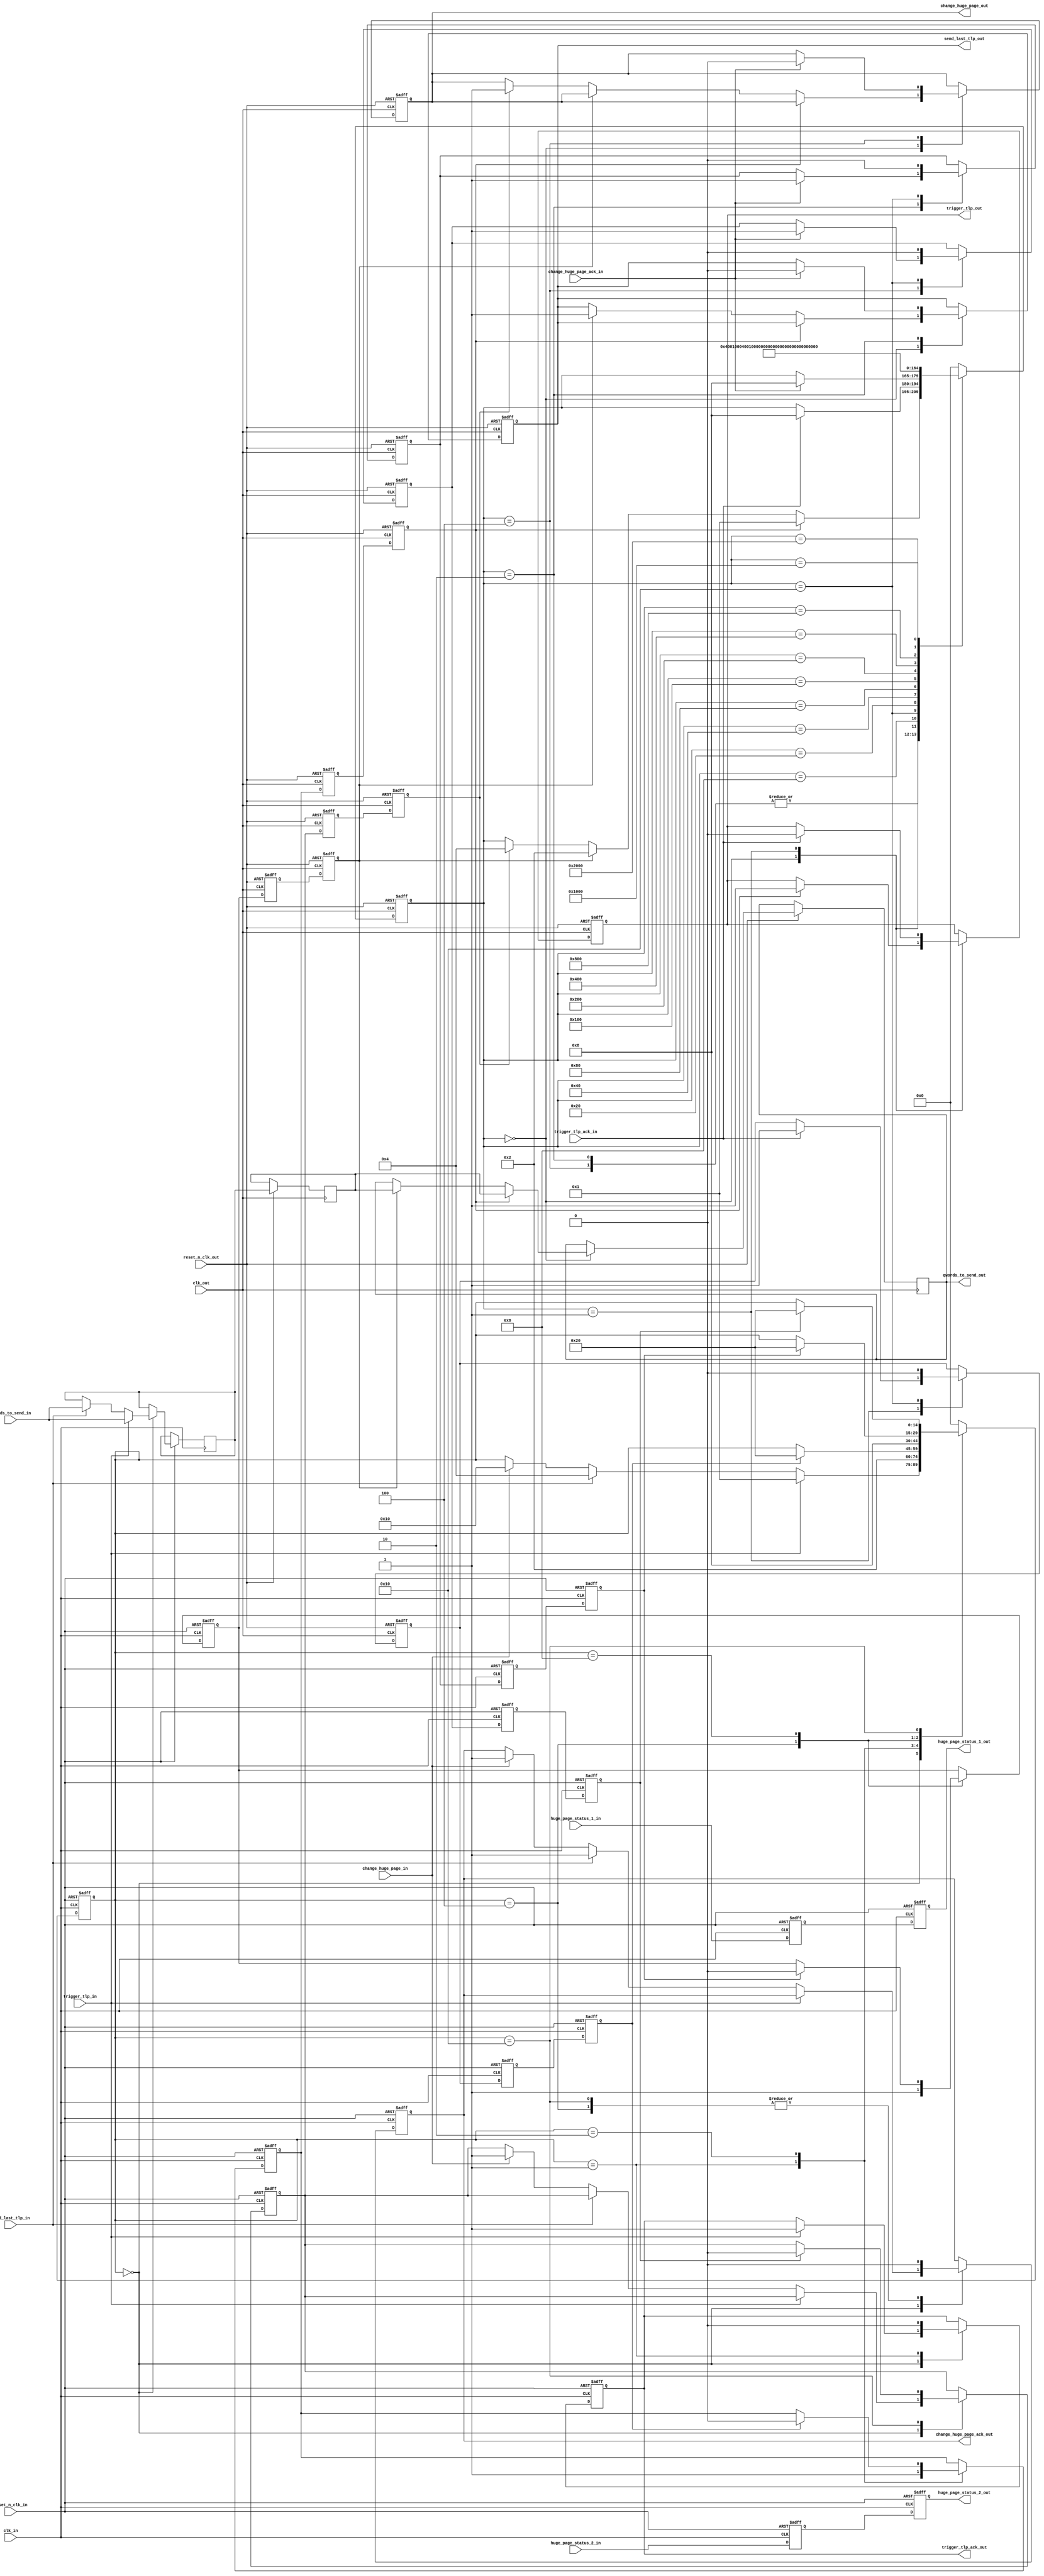
module rx_trigger_synch (

    input    clk_out,
    input    reset_n_clk_out,

    input    clk_in,
    input    reset_n_clk_in,

    input                     trigger_tlp_in,
    output reg                trigger_tlp_out,

    input                     trigger_tlp_ack_in,
    output reg                trigger_tlp_ack_out,

    input                     change_huge_page_in,
    output reg                change_huge_page_out,

    input                     change_huge_page_ack_in,
    output reg                change_huge_page_ack_out,

    input                     send_last_tlp_in,
    output reg                send_last_tlp_out,

    input         [4:0]       qwords_to_send_in,
    output reg    [4:0]       qwords_to_send_out,

    input                     huge_page_status_1_in,
    output reg                huge_page_status_1_out,

    input                     huge_page_status_2_in,
    output reg                huge_page_status_2_out
    );

    // localparam
    localparam s0  = 15'b000000000000000;
    localparam s1  = 15'b000000000000001;
    localparam s2  = 15'b000000000000010;
    localparam s3  = 15'b000000000000100;
    localparam s4  = 15'b000000000001000;
    localparam s5  = 15'b000000000010000;
    localparam s6  = 15'b000000000100000;
    localparam s7  = 15'b000000001000000;
    localparam s8  = 15'b000000010000000;
    localparam s9  = 15'b000000100000000;
    localparam s10 = 15'b000001000000000;
    localparam s11 = 15'b000010000000000;
    localparam s12 = 15'b000100000000000;
    localparam s13 = 15'b001000000000000;
    localparam s14 = 15'b010000000000000;
    localparam s15 = 15'b100000000000000;

    //-------------------------------------------------------
    // Local clk_in - trigger_tlp & send_last_tlp & qwords_to_send
    //-------------------------------------------------------
    reg     [14:0]   fsm_clk_in;
    reg              trigger_tlp_internal;
    reg              send_last_tlp_internal;
    reg              change_huge_page_internal;
    reg              trigger_tlp_internal_ack_reg0;
    reg              trigger_tlp_internal_ack_reg1;
    reg              send_last_tlp_internal_ack_reg0;
    reg              send_last_tlp_internal_ack_reg1;
    reg              change_huge_page_internal_ack_reg0;
    reg              change_huge_page_internal_ack_reg1;
    reg     [4:0]    qwords_to_send_internal;
    reg              huge_page_status_1_reg0;
    reg              huge_page_status_2_reg0;

    //-------------------------------------------------------
    // Local clk_out - trigger_tlp & send_last_tlp & qwords_to_send
    //-------------------------------------------------------
    reg     [14:0]   fsm_clk_out;
    reg              trigger_tlp_internal_reg0;
    reg              trigger_tlp_internal_reg1;
    reg              trigger_tlp_internal_ack;
    reg              send_last_tlp_internal_reg0;
    reg              send_last_tlp_internal_reg1;
    reg              send_last_tlp_internal_ack;
    reg              change_huge_page_internal_reg0;
    reg              change_huge_page_internal_reg1;
    reg              change_huge_page_internal_ack;
    reg     [4:0]    qwords_to_send_internal_reg0;

    ////////////////////////////////////////////////
    // clk_in - trigger_tlp & send_last_tlp & qwords_to_send
    ////////////////////////////////////////////////
    always @( posedge clk_in or negedge reset_n_clk_in ) begin

        if (!reset_n_clk_in ) begin  // reset
            trigger_tlp_ack_out <= 1'b0;
            change_huge_page_ack_out <= 1'b0;

            trigger_tlp_internal <= 1'b0;
            send_last_tlp_internal <= 1'b0;
            change_huge_page_internal <= 1'b0;

            trigger_tlp_internal_ack_reg0 <= 1'b0;
            trigger_tlp_internal_ack_reg1 <= 1'b0;
            send_last_tlp_internal_ack_reg0 <= 1'b0;
            send_last_tlp_internal_ack_reg1 <= 1'b0;
            change_huge_page_internal_ack_reg0 <= 1'b0;
            change_huge_page_internal_ack_reg1 <= 1'b0;

            huge_page_status_1_reg0 <= 1'b0;
            huge_page_status_1_out <= 1'b0;
            huge_page_status_2_reg0 <= 1'b0;
            huge_page_status_2_out <= 1'b0;

            fsm_clk_in <= s0;
        end
        
        else begin  // not reset

            huge_page_status_1_reg0 <= huge_page_status_1_in;
            huge_page_status_1_out <= huge_page_status_1_reg0;
            huge_page_status_2_reg0 <= huge_page_status_2_in;
            huge_page_status_2_out <= huge_page_status_2_reg0;

            trigger_tlp_internal_ack_reg0 <= trigger_tlp_internal_ack;
            trigger_tlp_internal_ack_reg1 <= trigger_tlp_internal_ack_reg0;

            send_last_tlp_internal_ack_reg0 <= send_last_tlp_internal_ack;
            send_last_tlp_internal_ack_reg1 <= send_last_tlp_internal_ack_reg0;

            change_huge_page_internal_ack_reg0 <= change_huge_page_internal_ack;
            change_huge_page_internal_ack_reg1 <= change_huge_page_internal_ack_reg0;

            case (fsm_clk_in)

                s0 : begin
                    if (trigger_tlp_in) begin
                        trigger_tlp_ack_out <= 1'b1;
                        qwords_to_send_internal <= qwords_to_send_in;
                        fsm_clk_in <= s1;
                    end
                    else if (send_last_tlp_in) begin
                        change_huge_page_ack_out <= 1'b1;
                        qwords_to_send_internal <= qwords_to_send_in;
                        fsm_clk_in <= s3;
                    end
                    else if (change_huge_page_in) begin
                        change_huge_page_ack_out <= 1'b1;
                        change_huge_page_internal <= 1'b1;
                        fsm_clk_in <= s5;
                    end
                end

                s1 : begin
                    trigger_tlp_ack_out <= 1'b0;
                    trigger_tlp_internal <= 1'b1;
                    fsm_clk_in <= s2;
                end

                s2 : begin
                    if (trigger_tlp_internal_ack_reg1) begin
                        trigger_tlp_internal <= 1'b0;
                        fsm_clk_in <= s6;
                    end
                end

                s3 : begin
                    change_huge_page_ack_out <= 1'b0;
                    send_last_tlp_internal <= 1'b1;
                    fsm_clk_in <= s4;
                end

                s4 : begin
                    if (send_last_tlp_internal_ack_reg1) begin
                        send_last_tlp_internal <= 1'b0;
                        fsm_clk_in <= s6;
                    end
                end

                s5 : begin
                    change_huge_page_ack_out <= 1'b0;
                    if (change_huge_page_internal_ack_reg1) begin
                        change_huge_page_internal <= 1'b0;
                        fsm_clk_in <= s6;
                    end
                end

                s6 : fsm_clk_in <= s0;

                default : begin 
                    fsm_clk_in <= s0;
                end

            endcase
        end     // not reset
    end  //always

    ////////////////////////////////////////////////
    // clk_out - trigger_tlp & send_last_tlp & qwords_to_send
    ////////////////////////////////////////////////
    always @( posedge clk_out or negedge reset_n_clk_out ) begin

        if (!reset_n_clk_out ) begin  // reset
            trigger_tlp_out <= 1'b0;
            send_last_tlp_out <= 1'b0;
            change_huge_page_out <= 1'b0;

            trigger_tlp_internal_reg0 <= 1'b0;
            trigger_tlp_internal_reg1 <= 1'b0;
            trigger_tlp_internal_ack <= 1'b0;

            send_last_tlp_internal_reg0 <= 1'b0;
            send_last_tlp_internal_reg1 <= 1'b0;
            send_last_tlp_internal_ack <= 1'b0;

            change_huge_page_internal_reg0 <= 1'b0;
            change_huge_page_internal_reg1 <= 1'b0;
            change_huge_page_internal_ack <= 1'b0;

            fsm_clk_out <= s0;
        end
        
        else begin  // not reset

            qwords_to_send_internal_reg0 <= qwords_to_send_internal;
            
            trigger_tlp_internal_reg0 <= trigger_tlp_internal;
            trigger_tlp_internal_reg1 <= trigger_tlp_internal_reg0;

            send_last_tlp_internal_reg0 <= send_last_tlp_internal;
            send_last_tlp_internal_reg1 <= send_last_tlp_internal_reg0;

            change_huge_page_internal_reg0 <= change_huge_page_internal;
            change_huge_page_internal_reg1 <= change_huge_page_internal_reg0;

            case (fsm_clk_out)

                s0 : begin
                    if (trigger_tlp_internal_reg1) begin
                        trigger_tlp_out <= 1'b1;
                        qwords_to_send_out <= qwords_to_send_internal_reg0;
                        fsm_clk_out <= s1;
                    end
                    else if (send_last_tlp_internal_reg1) begin
                        send_last_tlp_out <= 1'b1;
                        qwords_to_send_out <= qwords_to_send_internal_reg0;
                        fsm_clk_out <= s2;
                    end
                    else if (change_huge_page_internal_reg1) begin
                        change_huge_page_out <= 1'b1;
                        fsm_clk_out <= s3;
                    end
                end

                s1 : begin
                    if (trigger_tlp_ack_in) begin
                        trigger_tlp_out <= 1'b0;
                        trigger_tlp_internal_ack <= 1'b1;
                        fsm_clk_out <= s4;
                    end
                end

                s2 : begin
                    if (change_huge_page_ack_in) begin
                        send_last_tlp_out <= 1'b0;
                        send_last_tlp_internal_ack <= 1'b1;
                        fsm_clk_out <= s4;
                    end
                end

                s3 : begin
                    if (change_huge_page_ack_in) begin
                        change_huge_page_out <= 1'b0;
                        change_huge_page_internal_ack <= 1'b1;
                        fsm_clk_out <= s4;
                    end
                end

                s4 : fsm_clk_out <= s5;

                s5 : begin
                    trigger_tlp_internal_ack <= 1'b0;
                    send_last_tlp_internal_ack <= 1'b0;
                    change_huge_page_internal_ack <= 1'b0;
                    fsm_clk_out <= s6;
                end

                s6 : fsm_clk_out <= s7;
                s7 : fsm_clk_out <= s8;
                s8 : fsm_clk_out <= s9;
                s9 : fsm_clk_out <= s10;
                s10 : fsm_clk_out <= s11;
                s11 : fsm_clk_out <= s12;
                s12 : fsm_clk_out <= s13;
                s13 : fsm_clk_out <= s14;
                s14 : fsm_clk_out <= s15;
                s15 : fsm_clk_out <= s0;

                default : begin 
                    fsm_clk_out <= s0;
                end

            endcase

        end     // not reset
    end  //always

endmodule